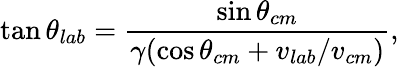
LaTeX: \tan\theta_{lab}=\frac{\sin\theta_{cm}}{\gamma(\cos\theta_{cm}+v_{lab}/v_{cm})},